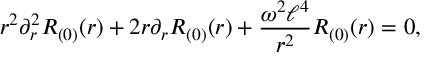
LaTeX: r ^ { 2 } \partial _ { r } ^ { 2 } R _ { ( 0 ) } ( r ) + 2 r \partial _ { r } R _ { ( 0 ) } ( r ) + \frac { \omega ^ { 2 } \ell ^ { 4 } } { r ^ { 2 } } R _ { ( 0 ) } ( r ) = 0 ,